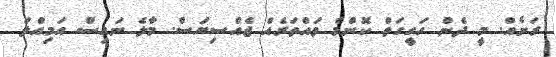
ރަށެއް. މީ ދެން ހަގީގަތް ކޮންމެ ވައްތަރެއް ޖެއްސިޔަސް. މާލެ ނައިސް އަމިއްލަ